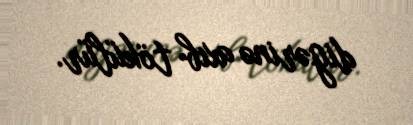
digərinə axıb tökülür.